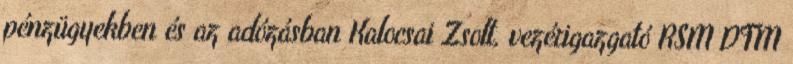
pénzügyekben és az adózásban Kalocsai Zsolt, vezérigazgató RSM DTM